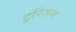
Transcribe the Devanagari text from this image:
टुरिज़म